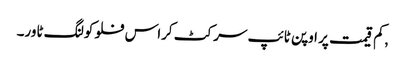
,کم قیمت پر اوپن ٹائپ سرکٹ کراس فلو کولنگ ٹاور۔